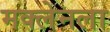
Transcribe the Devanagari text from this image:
मक्लेनला